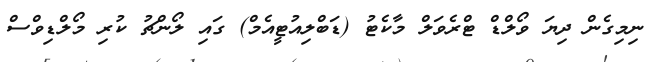
ނިމިގެން ދިޔަ ވޯލްޑް ޓްރެވަލް މާކެޓު (ޑަބްލިއުޓީއެމް) ގައި ލޯންޗު ކުރި މޯލްޑިވްސް